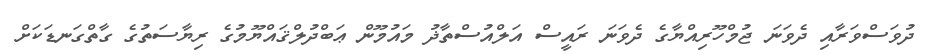
ދުވަސްވަރާއި ދެވަނަ ޖުމްހޫރިއްޔާގެ ދެވަނަ ރައީސް އަލްއުސްތާޛު މައުމޫން ޢަބްދުލްޤައްޔޫމުގެ ރިޔާސަތުގެ ގާތްގަނޑަކަށް